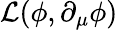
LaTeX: {\mathcal{L}}(\phi,\partial_{\mu}\phi)